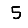
Digit: 5